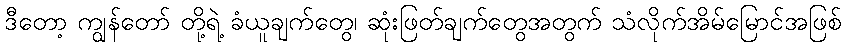
ဒီတော့ ကျွန်တော် တို့ရဲ့ ခံယူချက်တွေ၊ ဆုံးဖြတ်ချက်တွေအတွက် သံလိုက်အိမ်မြောင်အဖြစ်